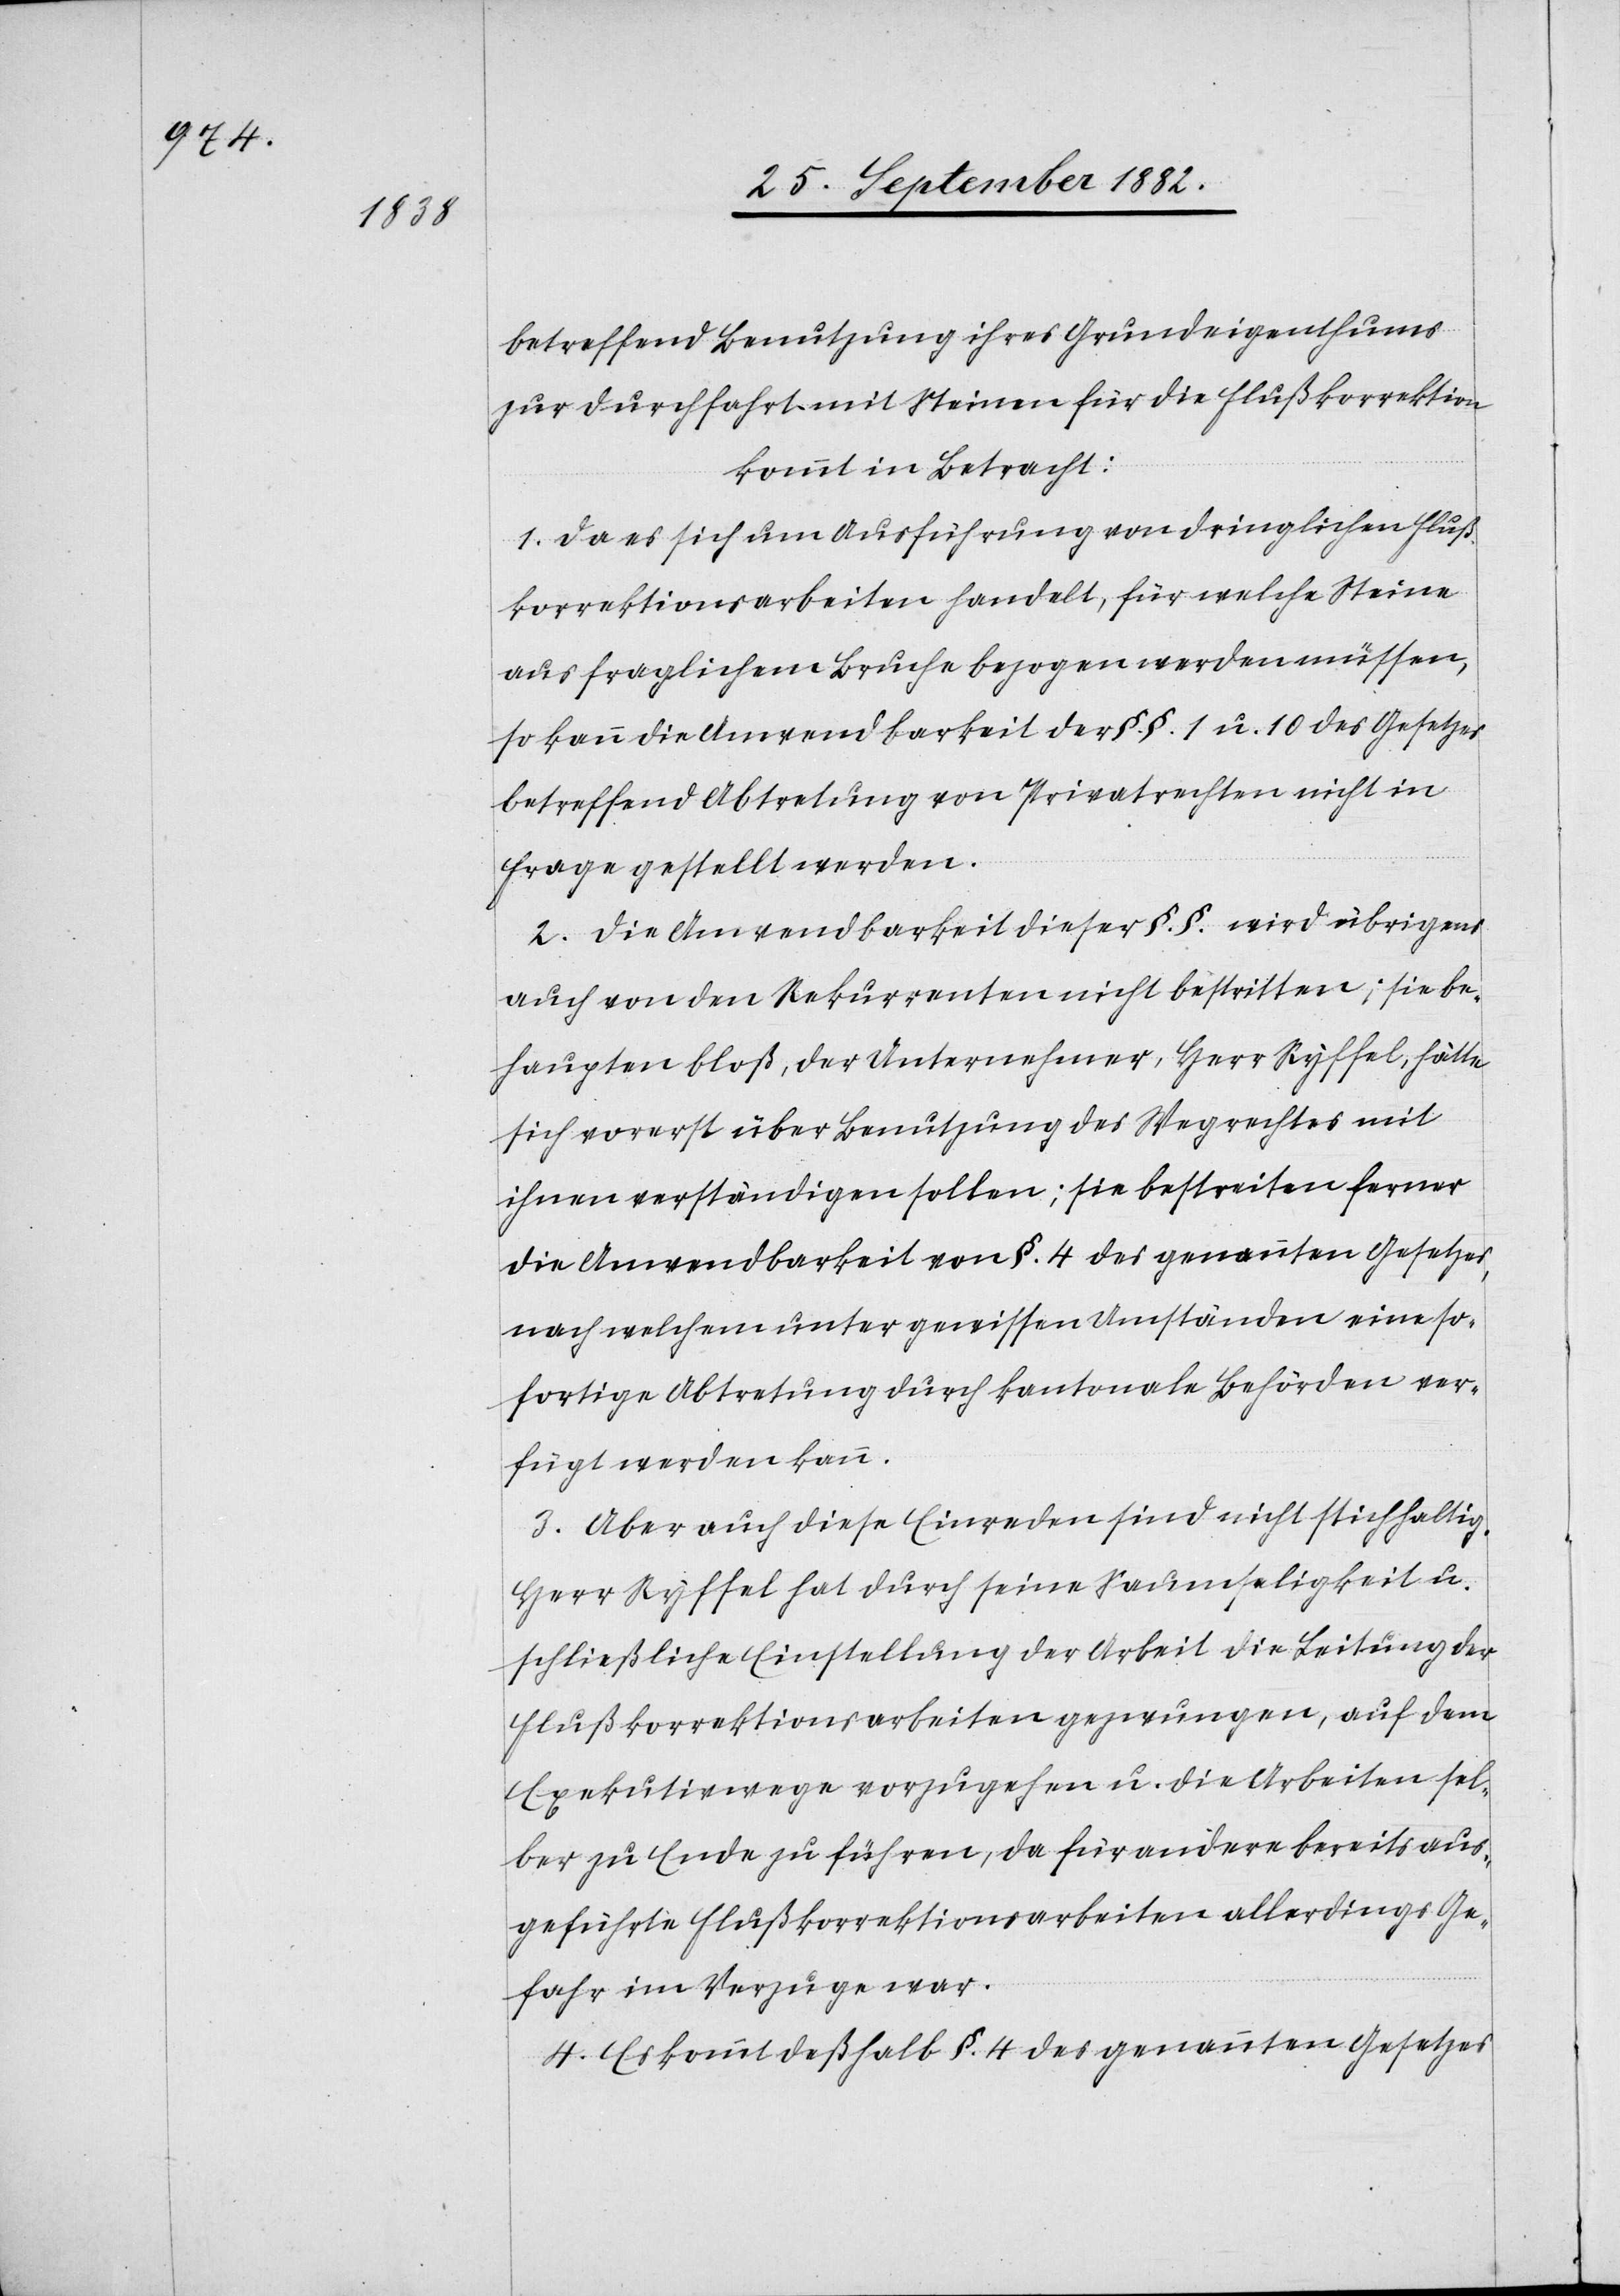
betreffend Benutzung ihres Grundeigenthums
zur Durchfahrt mit Steinen für die Flußkorrektion,
kommt in Betracht:
1. Da es sich um Ausführung von dringlichen Fluß¬
korrektionsarbeiten handelt, für welche Steine
aus fraglichem Bruche bezogen werden müssen,
so kann die Anwendbarkeit der §.§. 1 u. 10 des Gesetzes
betreffend Abtretung von Privatrechten nicht in
Frage gestellt werden.
2. Die Anwendbarkeit dieser §. §. wird übrigens
auch von den Rekurrenten nicht bestritten; sie be¬
haupten bloß, der Unternehmer, Herr Ryffel, hätte
sich vorerst über Benutzung des Wegrechtes mit
ihnen verständigen sollen; sie bestreiten ferner
die Anwendbarkeit von §. 4 des genannten Gesetzes,
nach welchem unter gewissen Umständen eine so¬
fortige Abtretung durch kantonale Behörden ver¬
fügt werden kann.
3. Aber auch diese Einreden sind nicht stichhaltig.
Herr Ryffel hat durch seine Saumseligkeit u.
schließliche Einstellung der Arbeit die Leitung der
Flußkorrektionsarbeiten gezwungen, auf dem
Exekutionswege vorzugehen u. die Arbeiten sel¬
ber zu Ende zu führen, da für andere bereits aus¬
geführte Flußkorrektionsarbeiten allerdings Ge¬
fahr im Verzuge war.
4. Es kommt deßhalb §. 4 des genannten Gesetzes